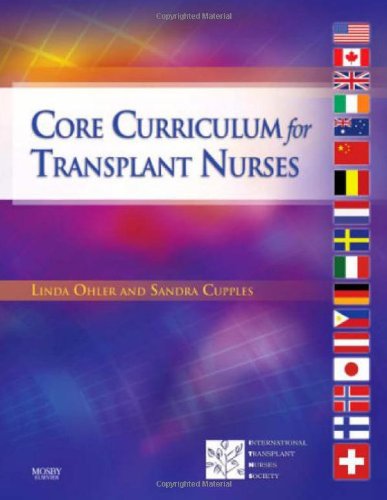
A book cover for Core Curriculum for Transplant Nurses, 1e (Critical Care Nursing ( Clochesy)); ITNS; Medical Books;